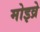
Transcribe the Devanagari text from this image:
मोइव्रे